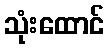
သုံးထောင်